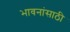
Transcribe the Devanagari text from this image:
भावनांसाठी